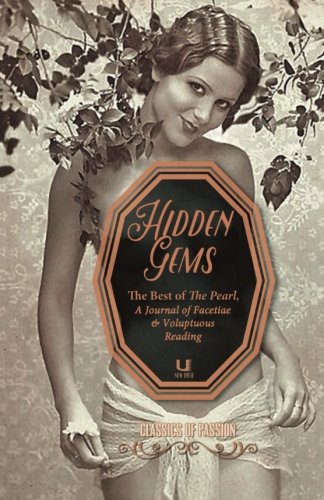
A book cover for Hidden Gems: The Best of The Pearl, A Journal of Facetiae & Voluptuous Reading (Classics of Passion); Anonymous; Romance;